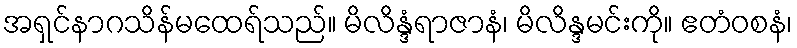
အရှင်နာဂသိန်မထေရ်သည်။ မိလိန္ဒံရာဇာနံ၊ မိလိန္ဒမင်းကို။ ဧတံဝစနံ၊